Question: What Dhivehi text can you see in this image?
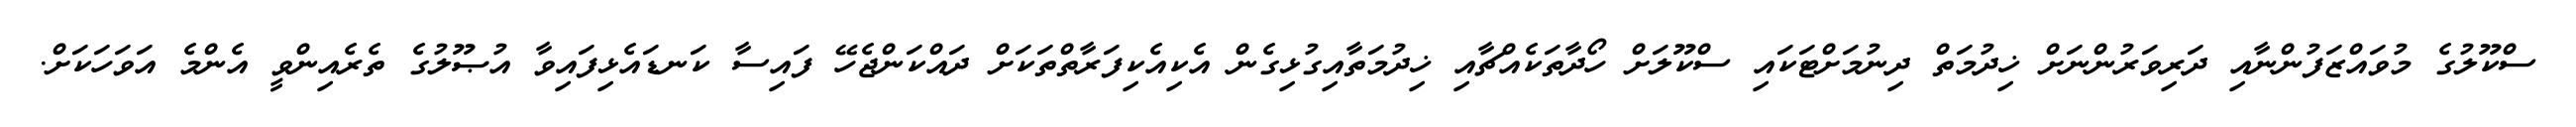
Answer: ސްކޫލުގެ މުވައްޒަފުންނާއި ދަރިވަރުންނަށް ޚިދުމަތް ދިނުމަށްޓަކައި ސްކޫލަށް ހޯދާތަކެއްޗާއި ޚިދުމަތާއިގުޅިގެން އެކިއެކިފަރާތްތަކަށް ދައްކަންޖެހޭ ފައިސާ ކަނޑައެޅިފައިވާ އުޞޫލުގެ ތެރެއިންވީ އެންމެ އަވަހަކަށް.